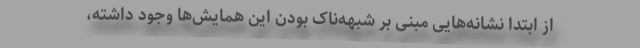
از ابتدا نشانه‌هایی مبنی بر شُبهه‌ناک بودن این همایش‌ها وجود داشته،